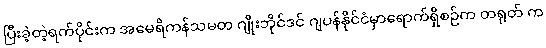
ပြီးခဲ့တဲ့ရက်ပိုင်းက အမေရိကန်သမတ ဂျိုးဘိုင်ဒင် ဂျပန်နိုင်ငံမှာရောက်ရှိစဉ်က တရုတ် က